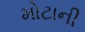
મોટાની